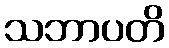
သဘာပတိ